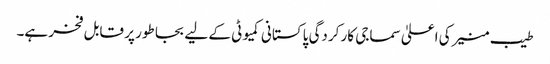
طیب منیر کی اعلیٰ سماجی کار کردگی پاکستانی کمیوٹی کے لیے بجا طور پر قابل فخر ہے۔